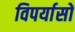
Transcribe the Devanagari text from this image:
विपर्यासों